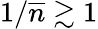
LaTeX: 1/\overline{{n}}\gtrsim 1